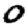
Digit: 0